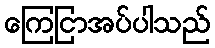
ကြေငြာအပ်ပါသည်